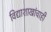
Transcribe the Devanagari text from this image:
विद्याशाखांचाही